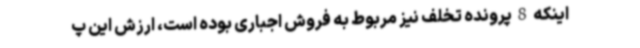
اینکه 8 پرونده تخلف نیز مربوط به فروش اجباری بوده است، ارزش این پ